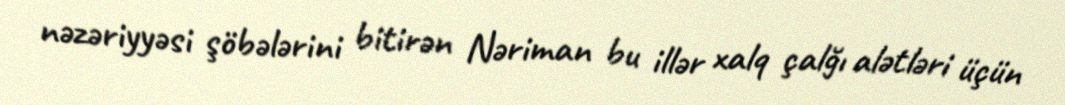
nəzəriyyəsi şöbələrini bitirən Nəriman bu illər xalq çalğı alətləri üçün